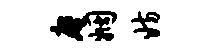
庵姻妨